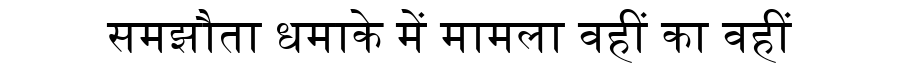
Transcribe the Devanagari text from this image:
समझौता धमाके में मामला वहीं का वहीं